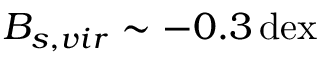
B _ { s , v i r } \sim - 0 . 3 \, \mathrm { d e x }